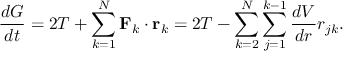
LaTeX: { \frac { d G } { d t } } = 2 T + \sum _ { k = 1 } ^ { N } \mathbf { F } _ { k } \cdot \mathbf { r } _ { k } = 2 T - \sum _ { k = 2 } ^ { N } \sum _ { j = 1 } ^ { k - 1 } { \frac { d V } { d r } } r _ { j k } .